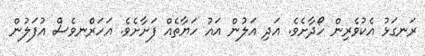
ރަނގަޅު އެކުވެރިން ހޯދާށެވެ. އަދި އަލުން އައު ހަޔާތެއް ފަށާށެވެ. އަހަރެްނވެސް އުފަލުން